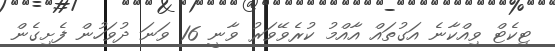
ޓިކެޓް ވިއްކާނެ އަގުތައް އާއްމު ކުރެވޭވަރު ވާނީ 16 ވަނަ ދުވަހުން ފެށިގެން